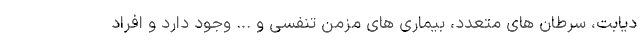
دیابت، سرطان های متعدد، بیماری های مزمن تنفسی و ... وجود دارد و افراد